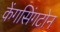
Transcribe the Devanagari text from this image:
केंगसिंगटोन